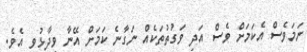
ނަމަވެސް އެކަމަށް ވެސް އަދި ވަގުތުތަކެއް ނަގާނެ ކަމަށް އޭނާ ވިދާޅުވި އެވެ.